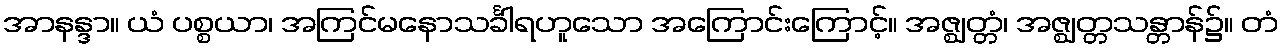
အာနန္ဒာ။ ယံ ပစ္စယာ၊ အကြင်မနောသင်္ခါရဟူသော အကြောင်းကြောင့်။ အဇ္ဈတ္တံ၊ အဇ္ဈတ္တသန္တာန်၌။ တံ